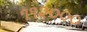
૧૧૨૦૦૦